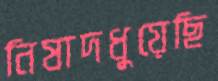
নিষাদধুয়েছি